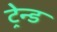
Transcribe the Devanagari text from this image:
ट्रेन्ड